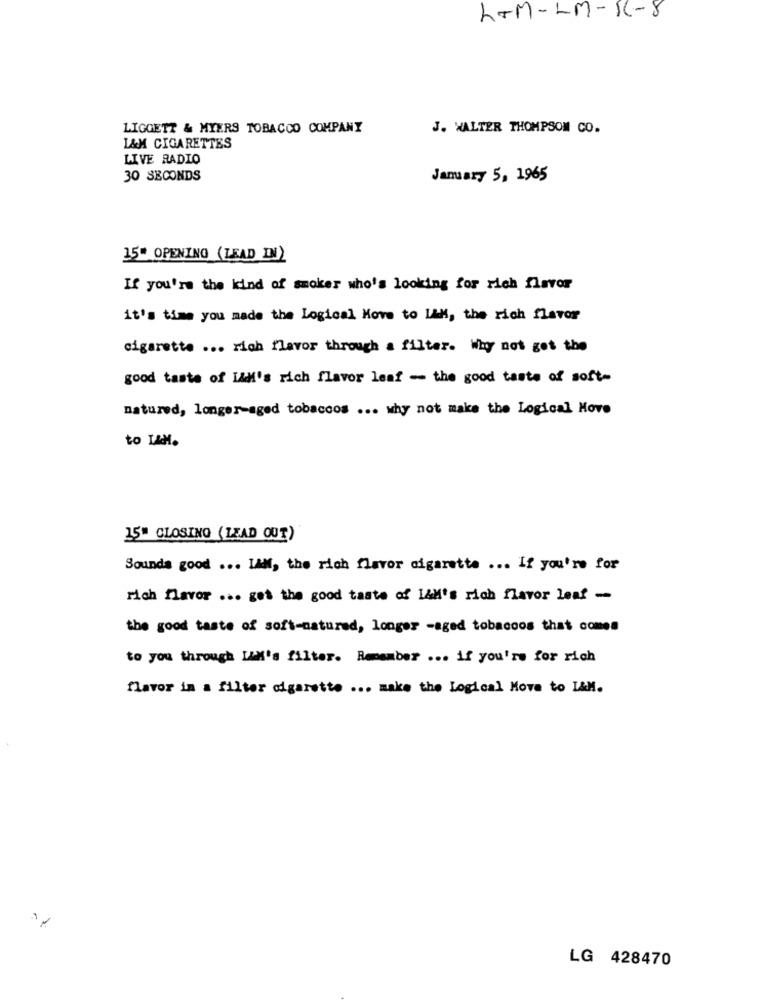
hTM-LM-R-8
LIGGETT & MYERS TOBACCO COMPANY
J. WALTER THOMPSON CO.
L&M CIGARETTES
LIVE RADIO
30 SECONDS
January 5, 1965
15* OPENING (LEAD IN)
If you're the kind of smoker who's looking for rich flavor
it's time you made the Logical Move to IAM, the rich flavor
cigarette ... rich flavor through a filter. Why not get the
good taste of LAM's rich flavor leaf - the good taste of soft-
natured, longer-aged tobaccos ... why not make the Logical Hove
to LAH.
15" CLOSING (LEAD OUT)
Sounds good ... IAM, the rich flavor cigarette ... If you're for
rich flavor ... get the good taste of I&M's rich flavor leaf -
the good taste of soft-natured, longer -aged tobaccos that comes
to you through ILK's filter. Remember ... if you're for rich
flavor in a filter cigarette ... make the Logical Move to L&M.
-
LG 428470